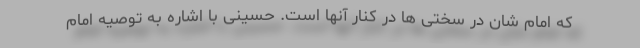
که امام شان در سختی ها در کنار آنها است. حسینی با اشاره به توصیه امام